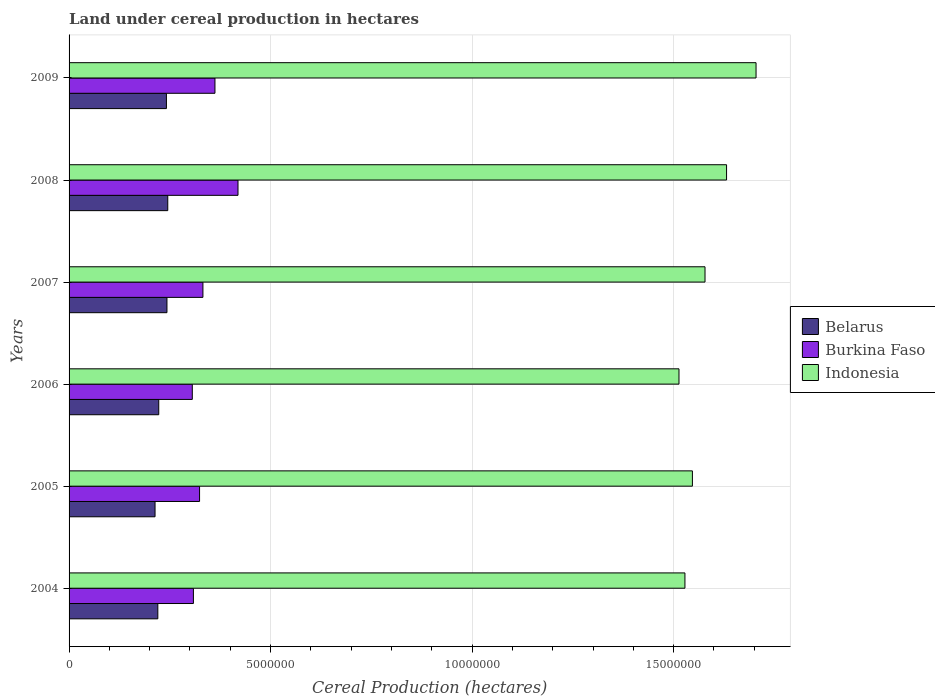
| Years | Belarus | Burkina Faso | Indonesia |
 | --- | --- | --- | --- |
 | 2004 | 2.2e+06 | 3.08e+06 | 1.53e+07 |
 | 2005 | 2.13e+06 | 3.24e+06 | 1.55e+07 |
 | 2006 | 2.22e+06 | 3.06e+06 | 1.51e+07 |
 | 2007 | 2.43e+06 | 3.32e+06 | 1.58e+07 |
 | 2008 | 2.45e+06 | 4.19e+06 | 1.63e+07 |
 | 2009 | 2.42e+06 | 3.62e+06 | 1.7e+07 |